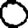
Digit: 0